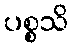
ပစ္စသိ